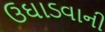
ઉઘાડવાની